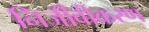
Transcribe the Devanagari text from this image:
निर्जीवीकरण